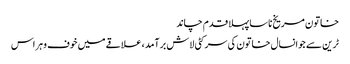
خاتون مریخ ناسا پہلا قدم چاند
ٹرین سے جوانسال خاتون کی سر کٹی لاش برآمد، علاقے میں خوف و ہراس